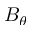
B _ { \theta }